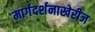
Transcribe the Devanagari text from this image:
मार्गदर्शनाखेरीज